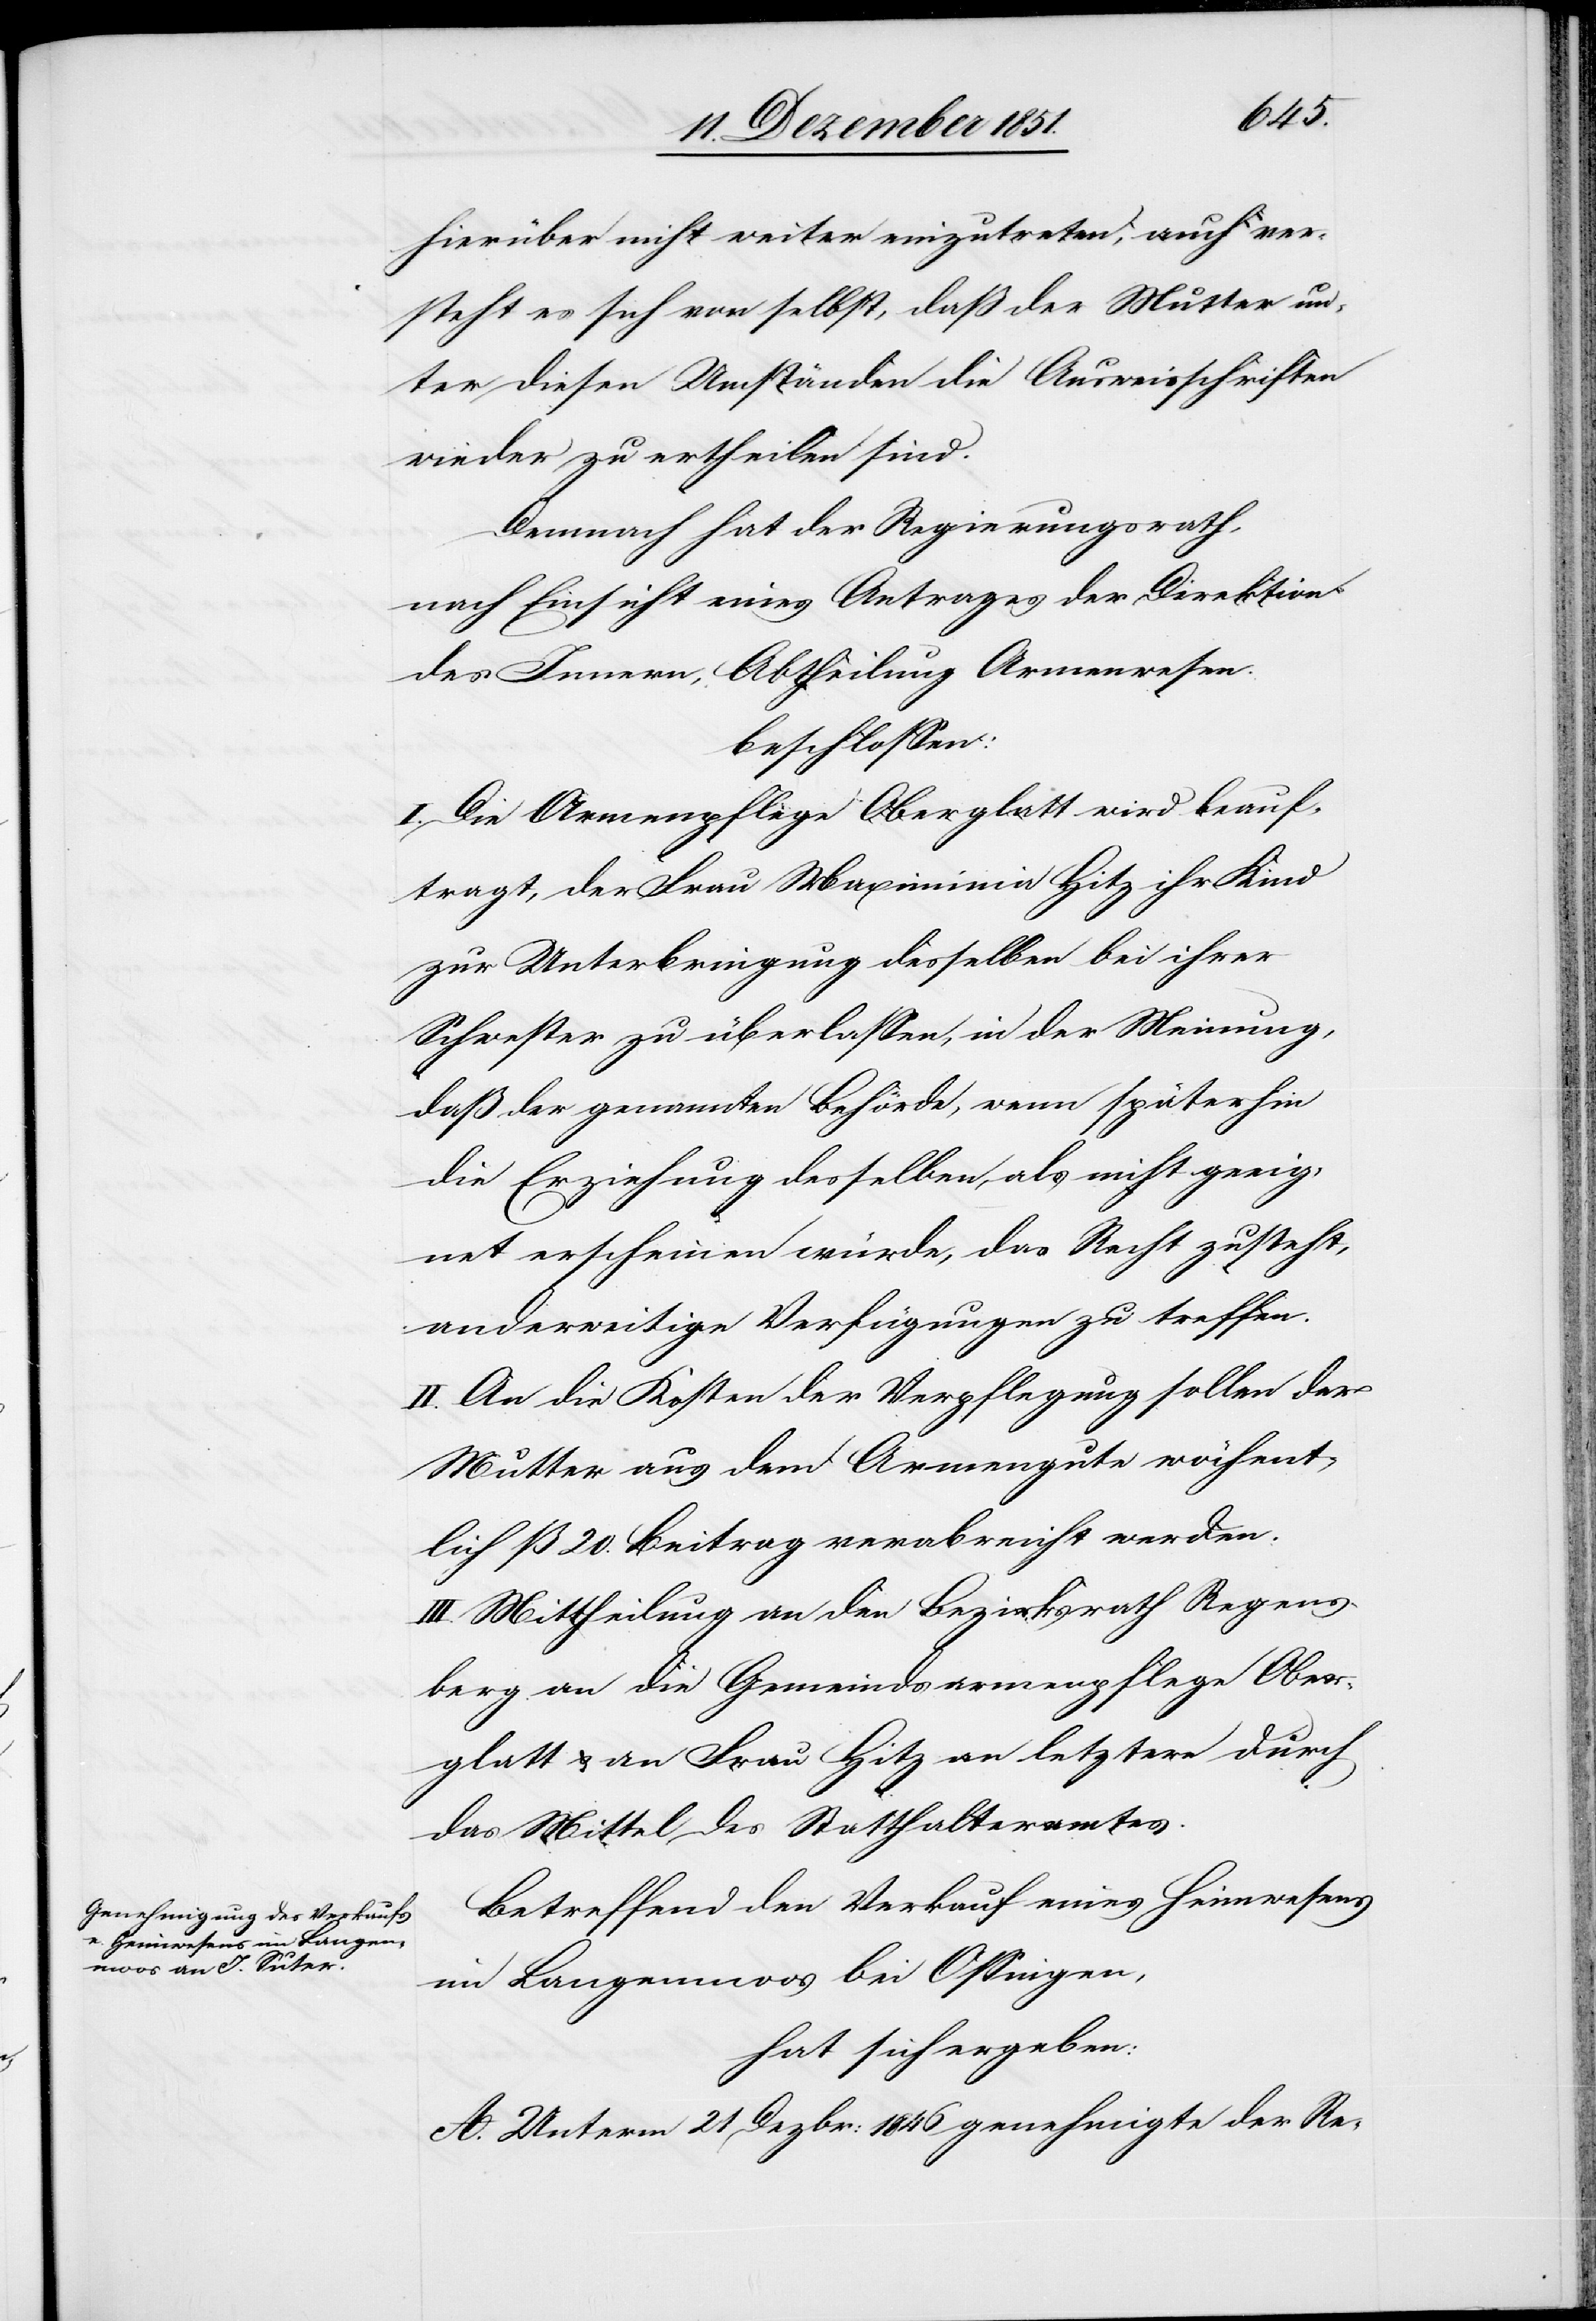
hierüber nicht weiter einzutreten, auch ver¬
steht es sich von selbst, daß der Mutter un¬
ter diesen Umständen die Ausweisschriften
wieder zu ertheilen sind.
Demnach hat der Regierungsrath,
nach Einsicht eines Antrages der Direktion
des Innern, Abtheilung Armenwesen.
beschlossen:
I. Die Armenpflege Oberglatt wird beauf¬
tragt, der Frau Maximinia Hitz ihr Kind
zur Unterbringung desselben bei ihrer
Schwester zu überlassen, in der Meinung,
daß der genannten Behörde, wenn späterhin
die Erziehung desselben, als nicht geeig¬
net erscheinen würde, das Recht zusteht,
anderweitige Verfügungen zu treffen.
II. An die Kosten der Verpflegung sollen der
Mutter aus dem Armengute wöchent¬
lich ß 20. Beitrag verabreicht werden.
III. Mittheilung an den Bezirksrath Regens¬
berg[,] an die Gemeindsarmenpflege Ober¬
glatt & an Frau Hitz an letztere durch
das Mittel des Statthalteramtes.
Betreffend den Verkauf eines Heimwesens
im Langenmoos bei Ossingen,
hat sich ergeben:
A. Unterm 21 Dezbr: 1846 genehmigte der Re-